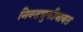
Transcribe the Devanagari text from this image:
निवडणुकीबाबत